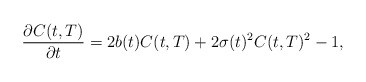
\begin{align*}\frac{\partial C(t,T)}{\partial t}=2b(t)C(t,T)+2\sigma (t)^{2}C(t,T)^2-1, \end{align*}